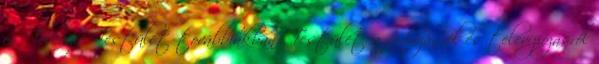
és Televízió Testület továbbiakban: Testület a rádiózásról és televíziózásról